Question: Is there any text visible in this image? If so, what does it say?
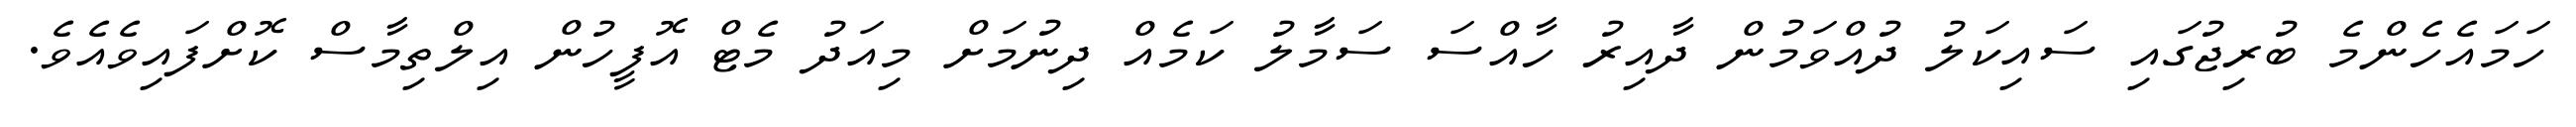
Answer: ހަމައެހެންމެ ބުރިޖުގައި ސައިކަލު ދުއްވަމުން ދާއިރު ހާއްސަ ސަމާލު ކަމެއް ދިނުމަށް މިއަދު މެޓް އޮފީހުން އިލްތިމާސް ކޮށްފައިވެއެވެ.